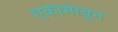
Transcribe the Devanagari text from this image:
एकामाबून